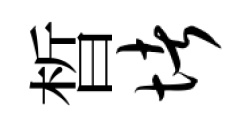
晳堵